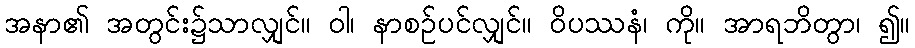
အနာ၏ အတွင်း၌သာလျှင်။ ဝါ၊ နာစဉ်ပင်လျှင်။ ဝိပဿနံ၊ ကို။ အာရဘိတွာ၊ ၍။